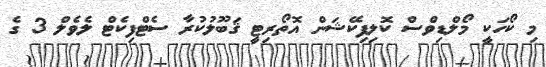
މި ކޯހަކީ މޯލްޑިވްސް ކޮލިފިކޭޝަން އޮތޯރިޓީ ޤަބޫލުކުރާ ސެޓްފިކެޓް ލެވެލް 3 ގެ